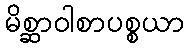
မိစ္ဆာဝါစာပစ္စယာ